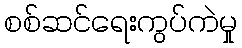
စစ်ဆင်ရေးကွပ်ကဲမှု